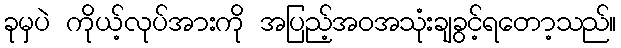
ခုမှပဲ ကိုယ့်လုပ်အားကို အပြည့်အဝအသုံးချခွင့်ရတော့သည်။